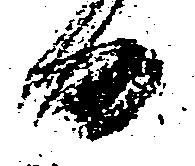
日